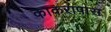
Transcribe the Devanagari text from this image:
काकरापारा